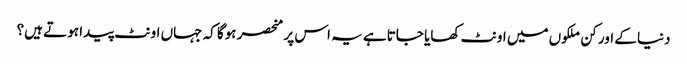
دنیا کے اور کن ملکوں میں اونٹ کھایا جاتاہے یہ اس پر منحصر ہوگا کہ جہاں اونٹ پیدا ہوتے ہیں؟